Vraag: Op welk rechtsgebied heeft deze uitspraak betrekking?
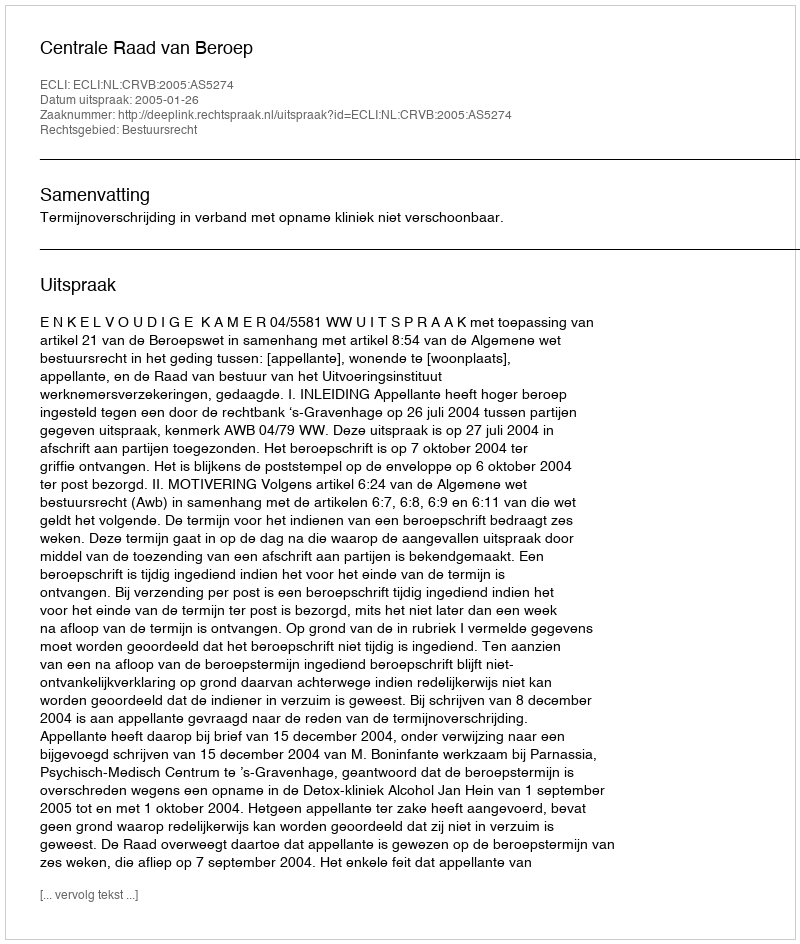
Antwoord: Bestuursrecht